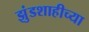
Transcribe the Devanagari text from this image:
झुंडशाहीच्या